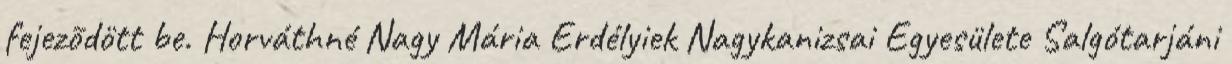
fejezõdött be. Horváthné Nagy Mária Erdélyiek Nagykanizsai Egyesülete Salgótarjáni